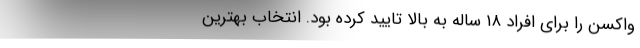
واکسن را برای افراد ۱۸ ساله به بالا تایید کرده بود. انتخاب بهترین